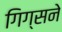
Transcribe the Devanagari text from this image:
गिग्सने